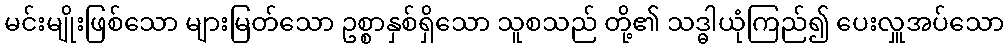
မင်းမျိုးဖြစ်သော များမြတ်သော ဥစ္စာနှစ်ရှိသော သူစသည် တို့၏ သဒ္ဓါယုံကြည်၍ ပေးလှူအပ်သော